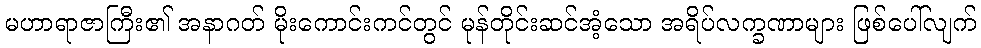
မဟာရာဇာကြီး၏ အနာဂတ် မိုးကောင်းကင်တွင် မုန်တိုင်းဆင်အံ့သော အရိပ်လက္ခဏာများ ဖြစ်ပေါ်လျက်